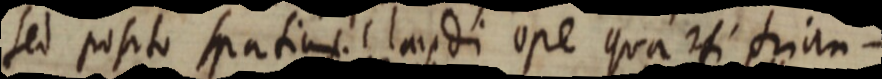
sed posito spatium. claudi ope qua _ trian-